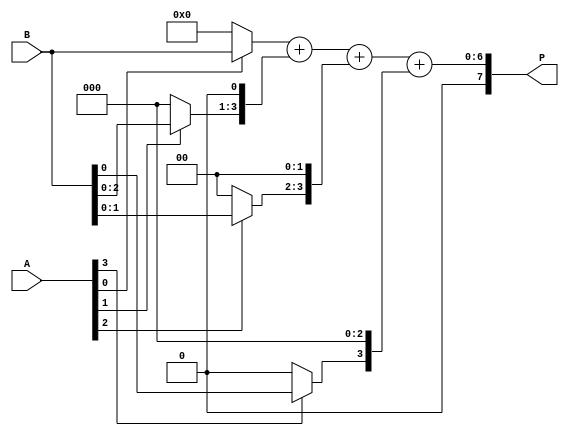
module vedic_multiplier #(parameter N = 4) (
    input  wire [N-1:0] A, // First operand
    input  wire [N-1:0] B, // Second operand
    output wire [2*N-1:0] P // Product output
);

    // Generate partial products
    wire [N-1:0] pp [0:N-1]; // Partial products array
    genvar i, j;
    
    generate
        for (i = 0; i < N; i = i + 1) begin : partial_product_gen
            assign pp[i] = (A[i] ? B : 0) << i; // Shift B based on A's bit
        end
    endgenerate

    // Sum the partial products using a simple adder tree
    wire [2*N-1:0] sum [0:N-1]; // Intermediate sums
    assign sum[0] = pp[0]; // Initialize the first sum

    generate
        for (i = 1; i < N; i = i + 1) begin : adder_tree
            assign sum[i] = sum[i-1] + pp[i]; // Add the previous sum with the current partial product
        end
    endgenerate

    assign P = sum[N-1]; // Final product

endmodule